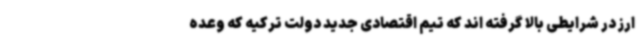
ارز در شرایطی بالا گرفته اند که تیم اقتصادی جدید دولت ترکیه که وعده